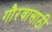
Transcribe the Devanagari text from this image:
गौरवासाठी